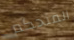
المتحكم